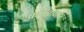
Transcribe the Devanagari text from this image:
अमेनाबार